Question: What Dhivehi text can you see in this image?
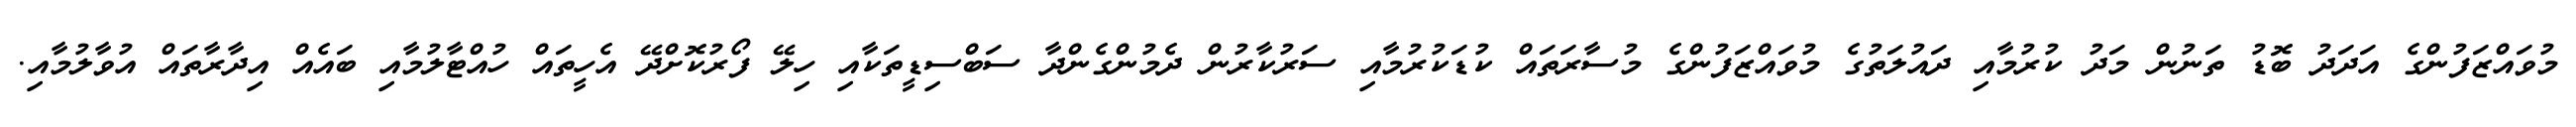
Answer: މުވައްޒަފުންގެ އަދަދު ބޮޑު ތަނުން މަދު ކުރުމާއި ދައުލަތުގެ މުވައްޒަފުންގެ މުސާރަތައް ކުޑަކުރުމާއި ސަރުކާރުން ދެމުންގެންދާ ސަބްސިޑީތަކާއި ހިލޭ ފޯރުކޮށްދޭ އެހީތައް ހުއްޓާލުމާއި ބައެއް އިދާރާތައް އުވާލުމާއި.